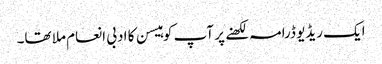
ایک ریڈیو ڈرامہ لکھنے پر آپ کو ہیسن کا ادبی انعام ملا تھا۔